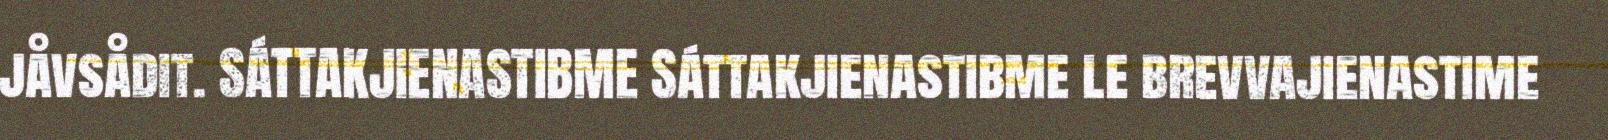
jåvsådit. SÁTTAKJIENASTIBME Sáttakjienastibme le brevvajienastime